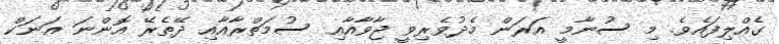
ގެއްލިފައެވެ. މި ސުނާމީ އަރަން މެދުވެރިވީ ޖާވާއާއި ސުމަތްރާއާއި ދޭތެރޭ އޮންނަ އަނަކް